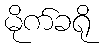
မိုက်ခရို